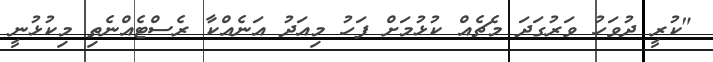
"ކުރީ ދުވަހު ވަރުގަދަ މެޗެއް ކުޅުމަށް ފަހު މިއަދު އަނެއްކާ ރެސްޓެއްނެތި މިކުޅުނީ